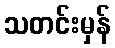
သတင်းမှန်